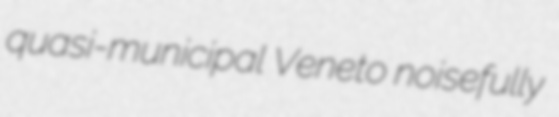
quasi-municipal Veneto noisefully